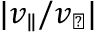
| v _ { \parallel } / v _ { \perp } |